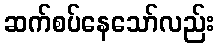
ဆက်စပ်နေသော်လည်း